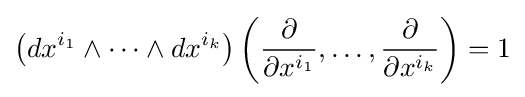
\left(dx^{i_{1}}\wedge \cdots \wedge dx^{i_{k}}\right)\left({\frac {\partial }{\partial x^{i_{1}}}},\ldots ,{\frac {\partial }{\partial x^{i_{k}}}}\right)=1